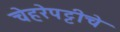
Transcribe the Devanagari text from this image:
चेहरेपट्टीचे